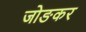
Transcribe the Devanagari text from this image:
जोङकर